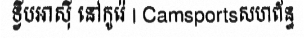
ទ្វីបអាស៊ី នៅកូរ៉េ | Camsportsសហព័ន្ធ